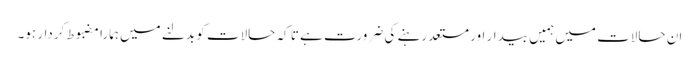
ان حالات میں ہمیں بیدار اور مستعد رہنے کی ضرورت ہے تا کہ حالات کو بدلنے میں ہمارا مضبوط کردار ہو۔